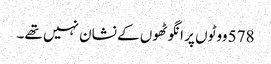
578 ووٹوں پر انگوٹھوں کے نشان نہیں تھے۔